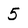
Character: 5